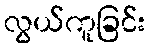
လွယ်ကူခြင်း